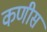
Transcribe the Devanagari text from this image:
कणीस